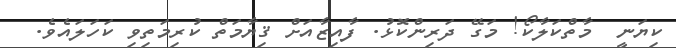
ކިޔަނީ  މާތްކަލާކޯ! މަގޭ ދަރިންކޮޅު. ފާއިޒާއަށް ޤިޔާމަތް ކުރިމަތިވި ކަހަލައެވެ.